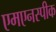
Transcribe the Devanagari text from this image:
एमएनस्पीक